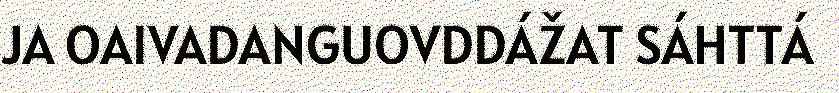
JA OAIVADANGUOVDDÁŽAT SÁHTTÁ